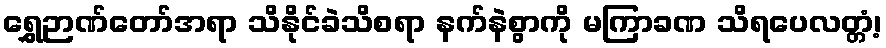
ရွှေဉာဏ်တော်အရာ သိနိုင်ခဲသိစရာ နက်နဲစွာကို မကြာခဏ သိရပေလတ္တံ့၊